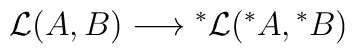
{\cal L} (A,B) \longrightarrow \mbox{}^*{\cal L} (\mbox{}^* A, \mbox{}^* B)